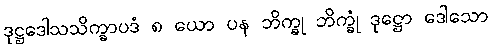
ဒုဋ္ဌဒေါသသိက္ခာပဒံ ၈ ယော ပန ဘိက္ခု ဘိက္ခုံ ဒုဋ္ဌော ဒေါသော